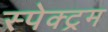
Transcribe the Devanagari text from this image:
स्पेक्‍ट्रम